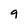
Character: 9